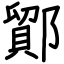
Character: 鄮